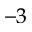
^ { - 3 }